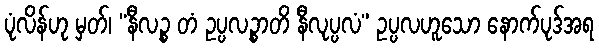
ပုံလိန်ဟု မှတ်၊ “နီလဉ္စ တံ ဥပ္ပလဉ္စာတိ နီလုပ္ပလံ” ဥပ္ပလဟူသော နောက်ပုဒ်အရ